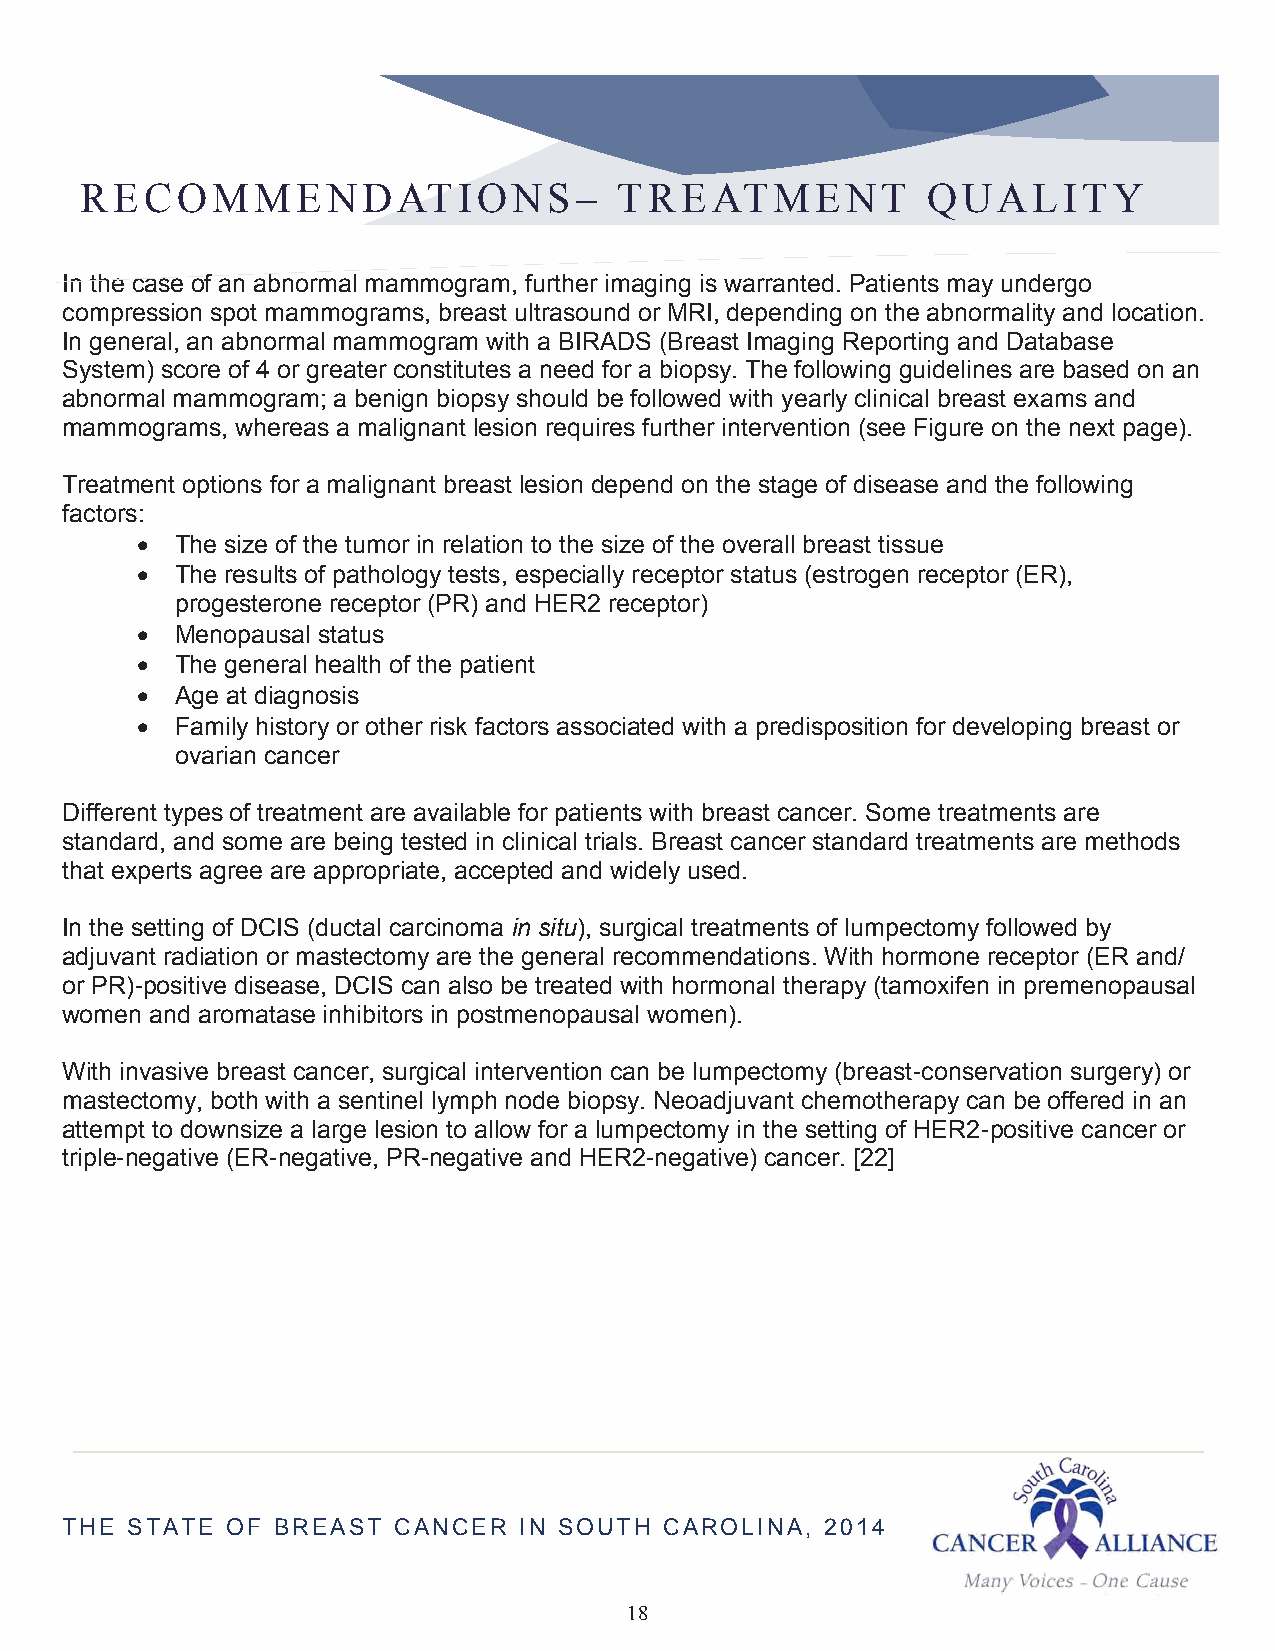
RECOMMENDATIONS–                    TREATMENT           QUALITY
 In the case of an abnormal mammogram, further imaging is warranted. Patients may undergo
 compression spot mammograms, breast ultrasound or MRI, depending on the abnormality and location.
 In general, an abnormal mammogram with a BIRADS (Breast Imaging Reporting and Database
 System) score of 4 or greater constitutes a need for a biopsy. The following guidelines are based on an
 abnormal mammogram; a benign biopsy should be followed with yearly clinical breast exams and
 mammograms, whereas a malignant lesion requires further intervention (see Figure on the next page).
 Treatment options for a malignant breast lesion depend on the stage of disease and the following
 factors:
   The size of the tumor in relation to the size of the overall breast tissue
   The results of pathology tests, especially receptor status (estrogen receptor (ER),
 progesterone receptor (PR) and HER2 receptor)
   Menopausal status
   The general health of the patient
   Age at diagnosis
   Family history or other risk factors associated with a predisposition for developing breast or
 ovarian cancer
 Different types of treatment are available for patients with breast cancer. Some treatments are
 standard, and some are being tested in clinical trials. Breast cancer standard treatments are methods
 that experts agree are appropriate, accepted and widely used.
 In the setting of DCIS (ductal carcinoma in situ), surgical treatments of lumpectomy followed by
 adjuvant radiation or mastectomy are the general recommendations. With hormone receptor (ER and/
 or PR)-positive disease, DCIS can also be treated with hormonal therapy (tamoxifen in premenopausal
 women and aromatase inhibitors in postmenopausal women).
 With invasive breast cancer, surgical intervention can be lumpectomy (breast-conservation surgery) or
 mastectomy, both with a sentinel lymph node biopsy. Neoadjuvant chemotherapy can be offered in an
 attempt to downsize a large lesion to allow for a lumpectomy in the setting of HER2-positive cancer or
 triple-negative (ER-negative, PR-negative and HER2-negative) cancer. [22]
 THE STATE  OF BREAST  CANCER  IN SOUTH  CAROLINA,  2014
 18